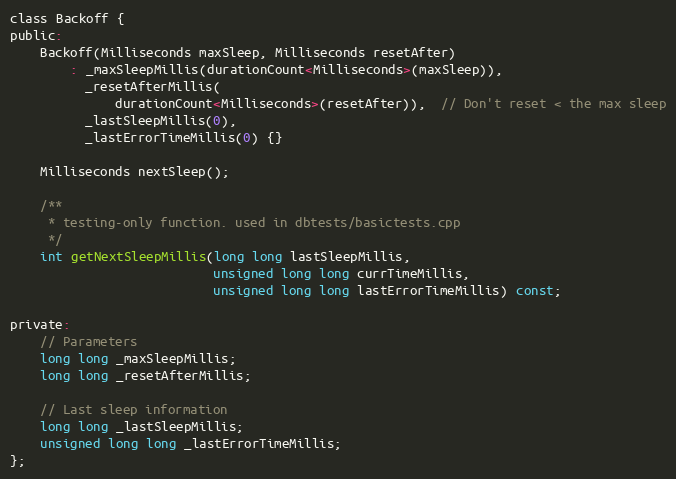
Language: C
class Backoff {
public:
    Backoff(Milliseconds maxSleep, Milliseconds resetAfter)
        : _maxSleepMillis(durationCount<Milliseconds>(maxSleep)),
          _resetAfterMillis(
              durationCount<Milliseconds>(resetAfter)),  // Don't reset < the max sleep
          _lastSleepMillis(0),
          _lastErrorTimeMillis(0) {}

    Milliseconds nextSleep();

    /**
     * testing-only function. used in dbtests/basictests.cpp
     */
    int getNextSleepMillis(long long lastSleepMillis,
                           unsigned long long currTimeMillis,
                           unsigned long long lastErrorTimeMillis) const;

private:
    // Parameters
    long long _maxSleepMillis;
    long long _resetAfterMillis;

    // Last sleep information
    long long _lastSleepMillis;
    unsigned long long _lastErrorTimeMillis;
};